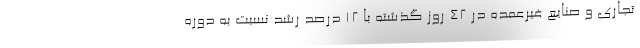
تجاری و صنایع غیرعمده در 42 روز گذشته با 12 درصد رشد نسبت به دوره